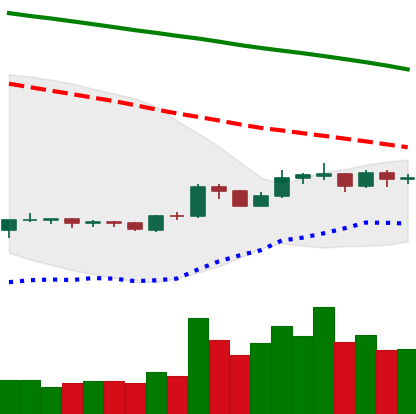
Ticker: BNB-USD
Chart end date: 2019-10-19
Forward return: -7.639%
Label: down_7plus